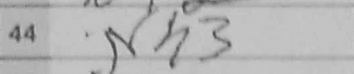
Transcription: Nh3